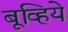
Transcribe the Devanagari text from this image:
बूव्हिये